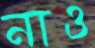
নাও